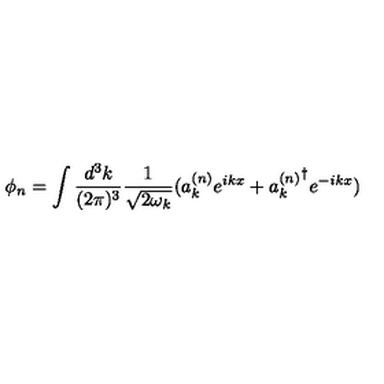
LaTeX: \phi _ { n } = \int \frac { d ^ { 3 } k } { ( 2 \pi ) ^ { 3 } } \frac { 1 } { \sqrt { 2 \omega _ { k } } } ( a _ { k } ^ { ( n ) } e ^ { i k x } + { a _ { k } ^ { ( n ) } } ^ { \dagger } e ^ { - i k x } )